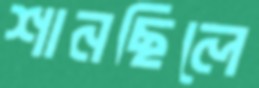
শানছিলে